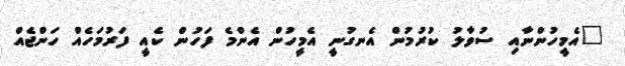
"އެމީހުންނާއި ސުވާލު ކުރުމުން އެނގުނީ އެމީހުން އެންމެ ފަހުން ކެއީ ފަރުމަހެއް ހަންޖެއް